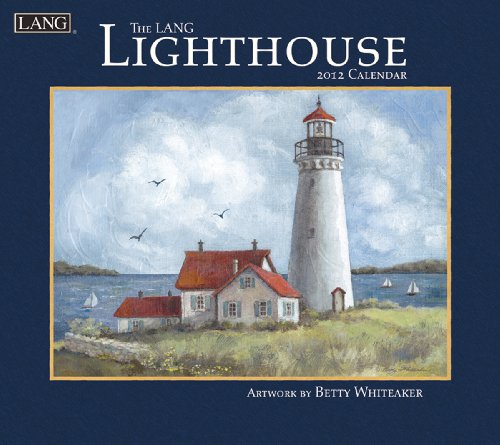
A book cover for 2012 Lighthouse Wall Calendar; Perfect Timing - Lang; Calendars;